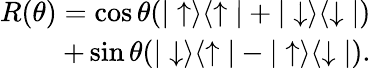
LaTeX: \begin{array}{r}{R(\theta)=\cos{\theta}(\vert\uparrow\rangle\langle\uparrow\vert+\vert\downarrow\rangle\langle\downarrow\vert)}\\ {+\sin{\theta}(\vert\downarrow\rangle\langle\uparrow\vert-\vert\uparrow\rangle\langle\downarrow\vert).}\end{array}